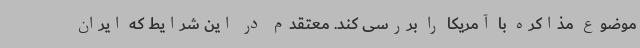
موضوع مذاکره با آمریکا را بررسی کند. معتقدم در این شرایط که ایران